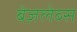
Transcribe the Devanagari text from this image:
बेज़लेव्स